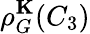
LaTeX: \rho_{G}^{\mathbf K}(C_{3})